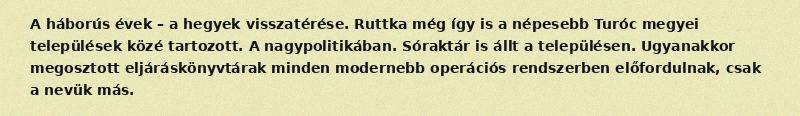
A háborús évek – a hegyek visszatérése. Ruttka még így is a népesebb Turóc megyei települések közé tartozott. A nagypolitikában. Sóraktár is állt a településen. Ugyanakkor megosztott eljáráskönyvtárak minden modernebb operációs rendszerben előfordulnak, csak a nevük más.